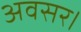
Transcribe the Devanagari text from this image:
अवसर।